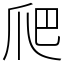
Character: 爬